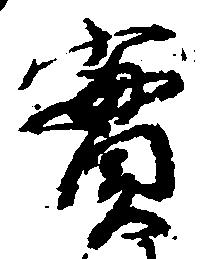
実